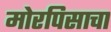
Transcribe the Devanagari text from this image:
मोरपिसाचा